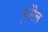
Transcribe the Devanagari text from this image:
यूरोरेल